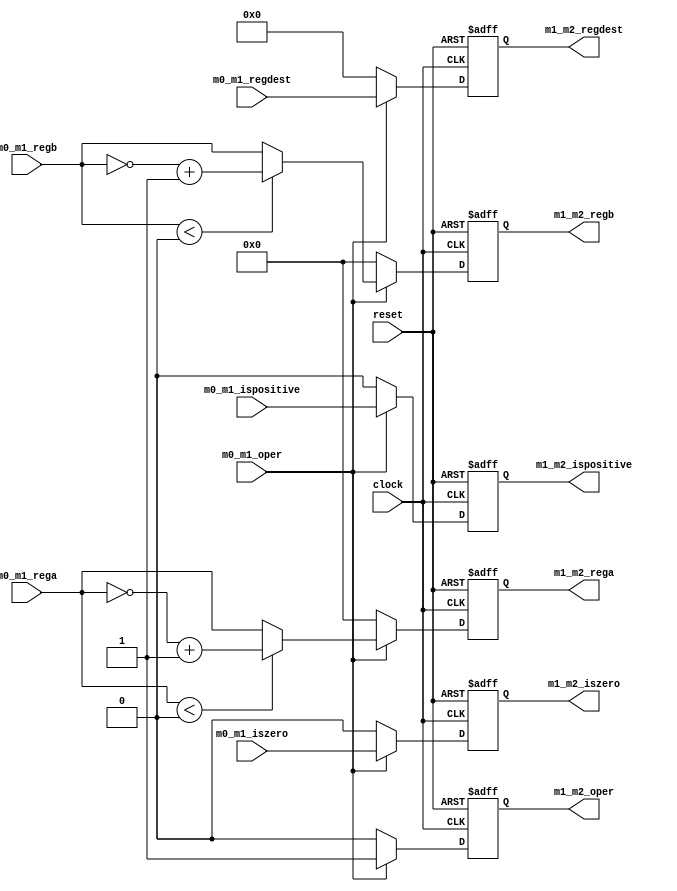
module Mult_1 (
    input clock,
    input reset,

    input m0_m1_oper,

    input [31:0] m0_m1_rega, // First value to be multiplied
    input [31:0] m0_m1_regb, // Second value to be multiplied
    input [4:0] m0_m1_regdest,

    input m0_m1_ispositive,
    input m0_m1_iszero,

    output reg m1_m2_oper,

    output reg [31:0] m1_m2_rega,
    output reg [31:0] m1_m2_regb,    
    output reg [4:0] m1_m2_regdest,

    output reg m1_m2_ispositive,
    output reg m1_m2_iszero
);


always @(posedge clock or negedge reset) begin
    if (~reset) begin
        m1_m2_oper <= 1'b0;
        m1_m2_rega <= 32'h0000_0000;
        m1_m2_regb <= 32'h0000_0000;
        m1_m2_regdest <= 5'b00000;
        m1_m2_ispositive <= 1'b0;
        m1_m2_iszero <= 1'b0;
    end else if (~m0_m1_oper) begin
        m1_m2_oper <= 1'b0;
        m1_m2_rega <= 32'h0000_0000;
        m1_m2_regb <= 32'h0000_0000;
        m1_m2_regdest <= 5'b00000;
        m1_m2_ispositive <= 1'b0;
        m1_m2_iszero <= 1'b0;
    end else begin
        m1_m2_oper <= 1'b1;
        m1_m2_regdest <= m0_m1_regdest;
        m1_m2_iszero <= m0_m1_iszero;
        m1_m2_ispositive <= m0_m1_ispositive;

        if ($signed(m0_m1_rega) < 32'sh0000_0000) begin
            m1_m2_rega <= ~m0_m1_rega + 32'h0000_0001;
        end else begin
            m1_m2_rega <= m0_m1_rega;
        end

        if ($signed(m0_m1_regb) < 32'sh0000_0000) begin
            m1_m2_regb <= ~m0_m1_regb + 32'h0000_0001;
        end else begin
            m1_m2_regb <= m0_m1_regb;
        end

    end
end



endmodule